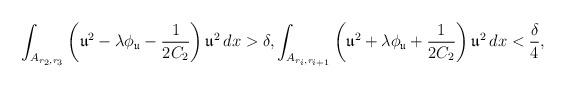
LaTeX: \begin{align*} \int_{A_{r_2,r_3}}\left(\mathfrak u^2-\lambda \phi _{\mathfrak u}-\frac{1}{2C_2}\right)\mathfrak u^2\, dx> \delta,\int_{A_{r_i,r_{i+1}}}\left(\mathfrak u^2+\lambda \phi_{\mathfrak u}+\frac{1}{2C_2}\right)\mathfrak u^2\, dx< \frac{\delta}{4}, \end{align*}